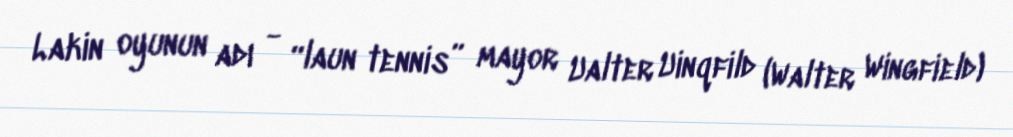
Lakin oyunun adı - “laun tennis” mayor Ualter Uinqfild (Walter Wingfield)